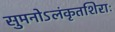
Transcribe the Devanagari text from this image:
सुमनोऽलंकृतशिराः